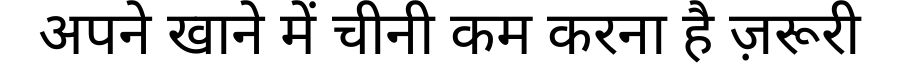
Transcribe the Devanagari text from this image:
अपने खाने में चीनी कम करना है ज़रूरी